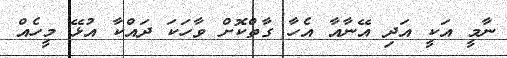
ނާމީ އަކީ އަދި އޭނާއާ އެހާ ގާތްކޮށް ވާހަކަ ދައްކާ އުޅޭ މީހެއް